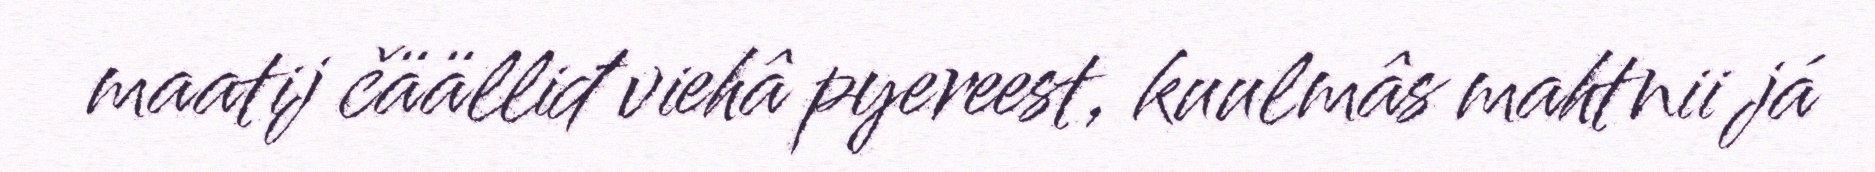
maatij čäälliđ viehâ pyereest, kuulmâs mahtnii já